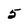
Character: 5